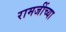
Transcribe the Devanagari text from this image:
रामजींच्या